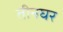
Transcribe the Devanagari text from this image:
तीनघर